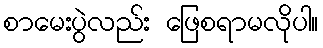
စာမေးပွဲလည်း ဖြေစရာမလိုပါ။